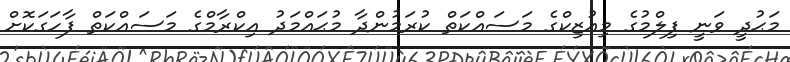
މަޙުދީ ވަނީ ފިލްމުގެ މިއުޒިކްގެ މަސައްކަތް ކުރަމުންދާ މުޙައްމަދު އިކްރާމްގެ މަސައްކަތް ފާހަގަކޮށް